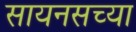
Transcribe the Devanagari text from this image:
सायनसच्या